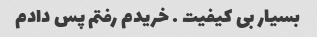
بسیار بی کیفیت . خریدم رفتم پس دادم